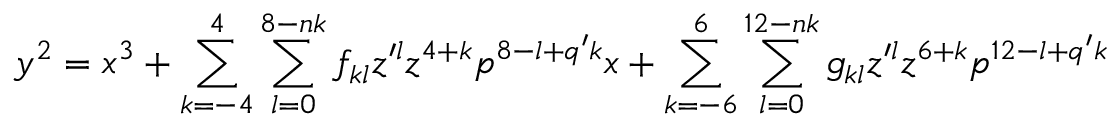
y ^ { 2 } = x ^ { 3 } + \sum _ { k = - 4 } ^ { 4 } \sum _ { l = 0 } ^ { 8 - n k } f _ { k l } z ^ { \prime l } z ^ { 4 + k } p ^ { 8 - l + q ^ { \prime } k } x + \sum _ { k = - 6 } ^ { 6 } \sum _ { l = 0 } ^ { 1 2 - n k } g _ { k l } z ^ { \prime l } z ^ { 6 + k } p ^ { 1 2 - l + q ^ { \prime } k }